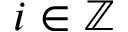
i \in \mathbb Z